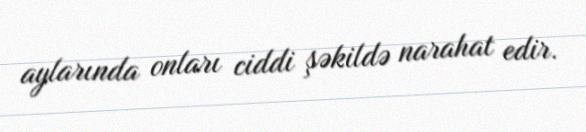
aylarında onları ciddi şəkildə narahat edir.